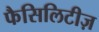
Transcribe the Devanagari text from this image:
फैसिलिटीज़